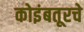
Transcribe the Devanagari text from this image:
कोइंबतूरचे